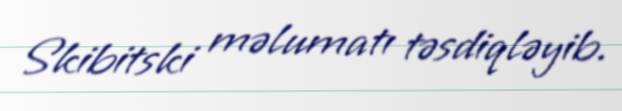
Skibitski məlumatı təsdiqləyib.